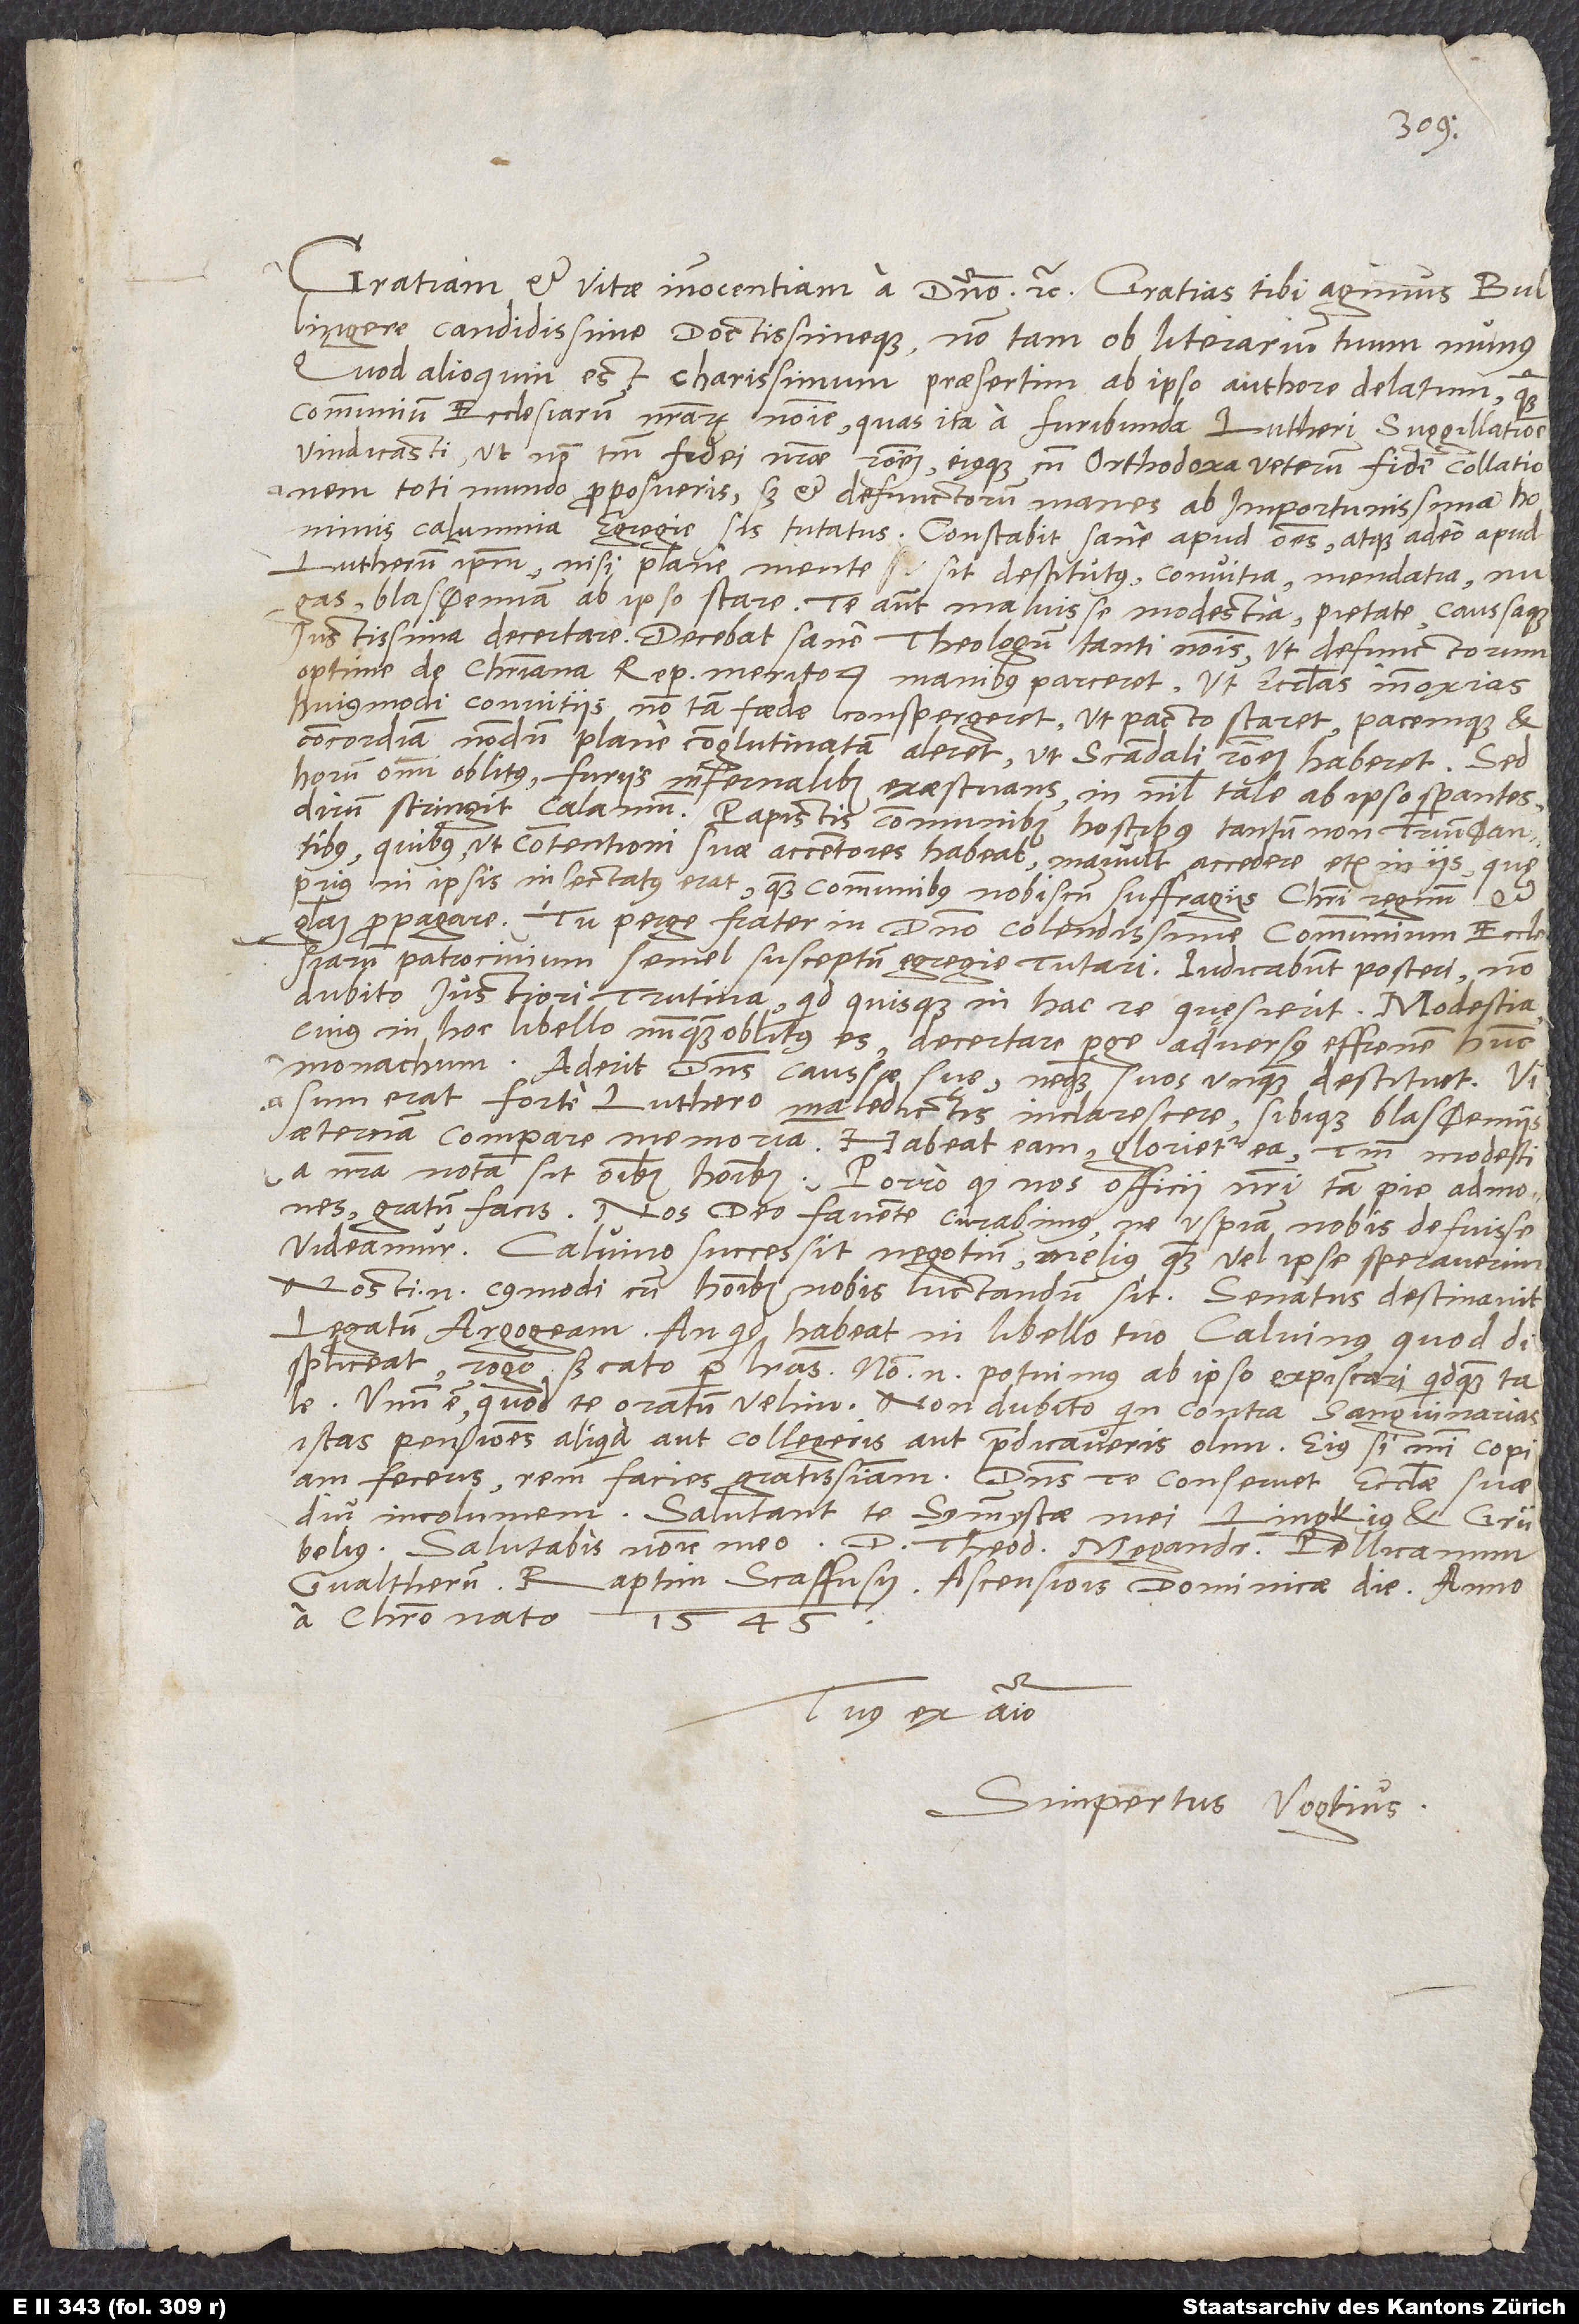
Gratiam et vitae innocentiam a domino, etc. Gratias tibi agimus, Bullingere
candidissime doctissimeque, non tam ob literarium tuum munus,
quod alioquin est charissimum, praesertim ab ipso authore delatum, quam
communium ecclesiarum nostrarum nomine, quas ita a furibunda Lutheri suggillatione
vindicasti, ut non tantum fidei nostrae rationem eiusque cum orthodoxa veterum fide collationem
toti mundo proposueris, sed et defunctorum manes ab importunissima hominis
calumnia egregie sis tutatus. Constabit sane apud omnes atque adeo apud
Lutherum ipsum, nisi plane mente sit destitutus, convitia, mendatia, nugas,
blas ϕ emiam ab ipso stare, te autem maluisse modestia, pietate caussaque
iustissima decertare. Decebat sane theologum tanti nominis, ut defunctorum
optime de christiana republica meritorum manibus parceret, ut ecclesias innoxias
huiusmodi convitiis non tam foede conspergeret, ut pacto staret pacemque et
concordiam nondum plane conglutinatam aleret, ut scandali rationem haberet. Sed
horum omnium oblitus, furiis infernalibus exaestuans, in nihil tale ab ipso sperantes
dirum stringit calamum papistis, communibus hostibus, tantum non trium
quibus - ut contentioni suae accentores habeat - mavult accedere etiam in iis, quę
prius in ipsis insectatus erat, quam communibus nobiscum suffragiis Christi regnum et
gloriam propagare. Tu perge, frater in domino colendissime, communium ecclesiarum
patrocinium semel susceptum egregie tutari. Iudicabunt posteri, non
dubito, iustiori trutina, quid quisque in hac re quęsierit. Modestia,
cuius in hoc libello nunquam oblitus es, decertare perge adversus effrenem hunc
monachum. Aderit dominus caussae suę neque suos unquam destituet. Visum
erat forte Luthero maledictis inclarescere sibique blas ϕ emiis
aeternam comparare memoriam. Habeat eam, glorietur ea; tantum modestia
nostra nota sit omnibus hominibus. Porro, quod nos officii nostri tam pie admones,
gratum facis. Nos deo favente curabimus, ne uspiam nobis defuisse
videamur.
Calvino successit negotium melius, quam vel ipse speraverim;
nosti enim, cuiusmodi cum hominibus nobis luctandum sit. Senatus destinavit
legatum Argogeam. An quid habeat in libello tuo Calvinus, quod
displiceat, rogo, significato per literas; non enim potuimus ab ipso expiscari quidquam tale.
Unum est, quod te oratum velim: non dubito, quin contra sanguinarias
istas pensiones aliquid aut collegeris aut praedicaveris olim; eius si mihi copiam
feceris, rem facies gratissimam. Dominus te conservet ecclesiae suae
diu incolumem. Salutant te symmystae mei Lingkius et Grübelius.
Salutabis nomine meo d. Theodorum, Megandrum, Pellicanum,
Gvaltherum. Raptim, Scaffusii, ascensionis dominicae die anno
a Christo nato
1545.
Tuus ex animo
Simpertus Vogtius.